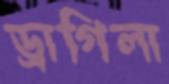
ড্রাগিলা